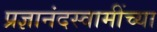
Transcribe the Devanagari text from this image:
प्रज्ञानंदस्वामींच्या